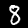
Label: 8